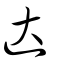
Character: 达